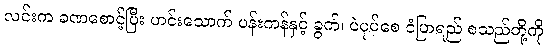
လင်းက ခဏစောင့်ပြီး ဟင်းသောက် ပန်းကန်နှင့် ခွက်၊ ပဲပုပ်စေ ငံပြာရည် စသည်တို့ကို